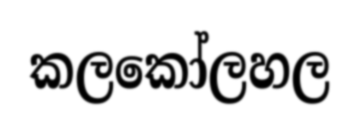
කලකෝලහල